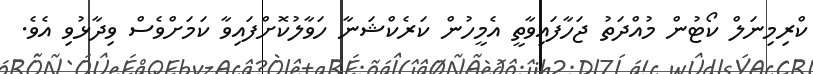
ކްރިމިނަލް ކޯޓުން މުއްދަތު ޖަހާފައިވާތީ އެމީހުން ކަރެކްޝަނާ ހަވާލުކޮށްފައިވާ ކަމަށްވެސް ވިދާޅުވި އެވެ.